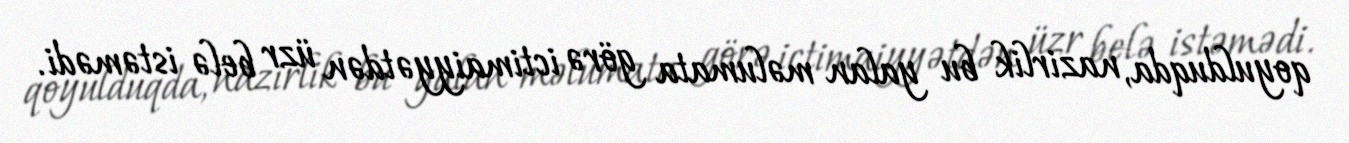
qoyulduqda, nazirlik bu yalan məlumata görə ictimaiyyətdən üzr belə istəmədi.